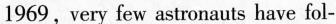
1969 , very few astronauts have fol-